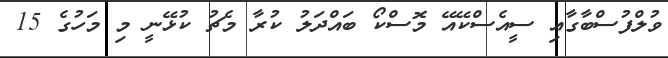
ވުލްފުސްބާގާއި ސީއެސްކޭއޭ މޮސްކޯ ބައްދަލު ކުރާ މެޗު ކުޅޭނީ މި މަހުގެ 15